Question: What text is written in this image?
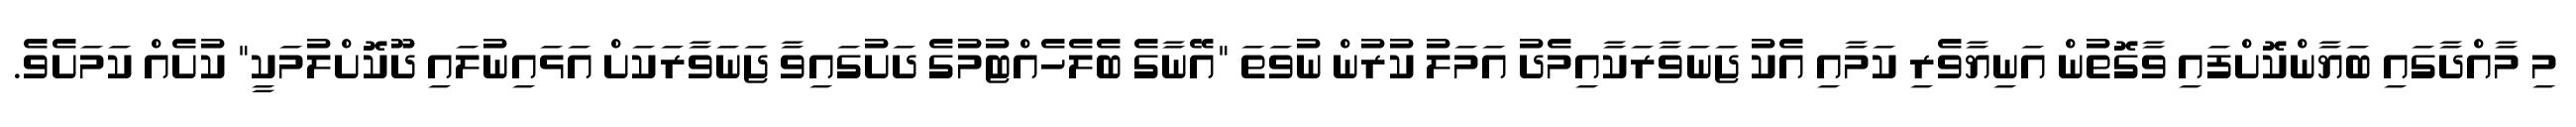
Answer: މި މާއްދާގައި ބަޔާންކޮށްފައި ވާގޮތުން އަނިޔާވެރި ކަމާއި އެކު ޖަނަވާރަކާއިމެދު އަމަލު ކުރުން ނުވަތަ "އޭނާގެ ބެލެހެއްޓުމުގެ ދަށުގައިވާ ޖަނަވާރަކަށް އަޅައިނުލައި ދޫކޮށްލުމަކީ" ކުށެއް ކަމަށެވެ.